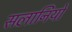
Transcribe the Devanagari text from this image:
सलानियों